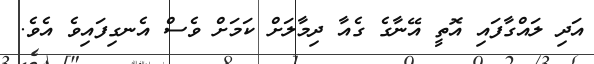
އަދި ލައްގާފައި އޮތީ އޭނާގެ ގެއާ ދިމާލަށް ކަމަށް ވެސް އެނގިފައިވެ އެވެ.